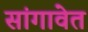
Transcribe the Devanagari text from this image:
सांगावेत